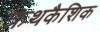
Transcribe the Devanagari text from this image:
क्रथकैशिक